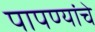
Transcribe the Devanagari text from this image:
पापण्यांचे